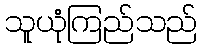
သူယုံကြည်သည်